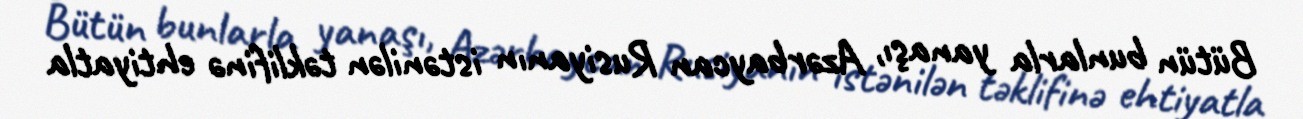
Bütün bunlarla yanaşı, Azərbaycan Rusiyanın istənilən təklifinə ehtiyatla